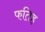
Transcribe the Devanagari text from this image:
फतिह